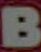
B